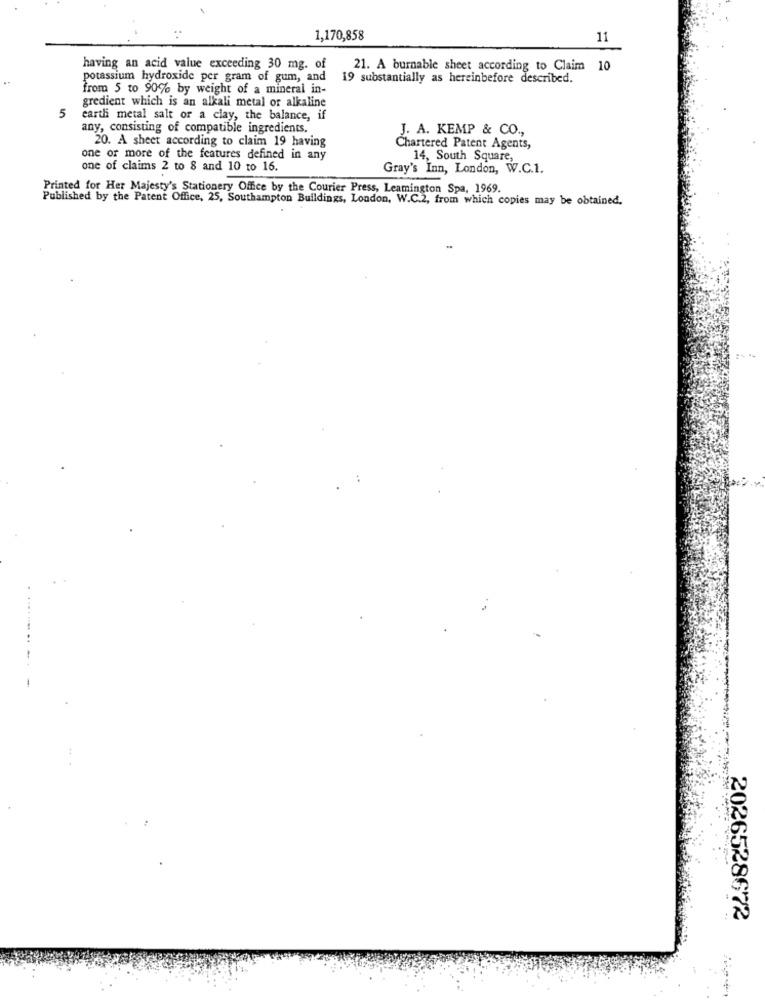
1,170,858
11
having an acid value exceeding 30 mg. of
21. A burnable sheet according to Claim 10
potassium hydroxide per gram of gum, and
19 substantially as hereinbefore described.
from 5 to 90% by weight of a mineral in-
gredient which is an alkali metal or alkaline
5
earth metal salt or a clay, the balance, if
any, consisting of compatible ingredients.
J. A. KEMP & CO .,
20. A sheet according to claim 19 having
Chartered Patent Agents,
one or more of the features defined in any
14, South Square,
one of claims 2 to 8 and 10 to 16.
Gray's Inn, London, W.C.1.
Printed for Her Majesty's Stationery Office by the Courier Press, Leamington Spa, 1969.
Published by the Patent Office, 25, Southampton Buildings, London, W.C.2, from which copies may be obtained.
2026528672